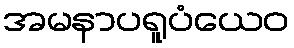
အမနာပရူပံယေဝ